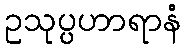
ဥသုပ္ပဟာရာနံ